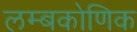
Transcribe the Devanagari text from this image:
लम्बकोणिक